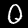
Label: 0